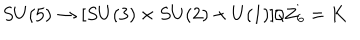
S U ( 5 ) \rightarrow [ S U ( 3 ) \times S U ( 2 ) \times U ( 1 ) ] / Z _ { 6 } = K